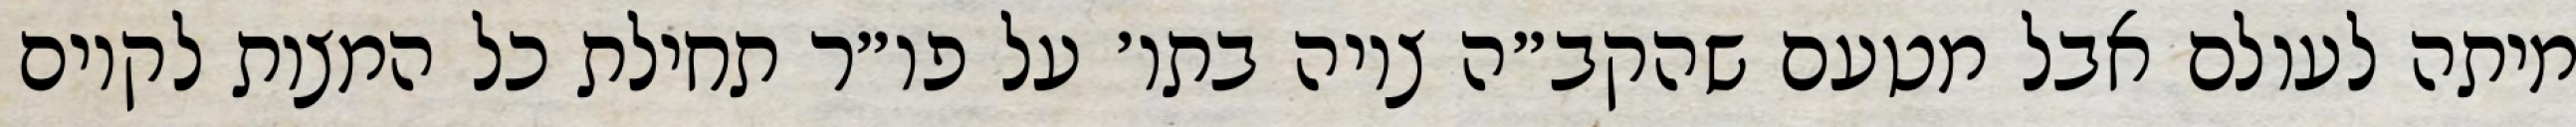
מיתה לעולם אבל מטעם שהקב״ה ציוה בתו׳ על פו״ר תחילת כל המצות לקיום